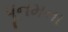
પૂનમના